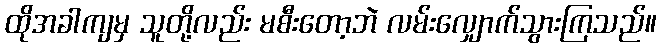
ထိုအခါကျမှ သူတို့လည်း မစီးတော့ဘဲ လမ်းလျှောက်သွားကြသည်။